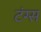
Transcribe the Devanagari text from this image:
टंग्स